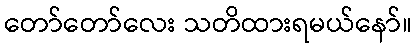
တော်တော်လေး သတိထားရမယ်နော်။